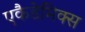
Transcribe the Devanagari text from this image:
एकैडेमिक्स